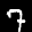
Label: 7